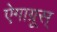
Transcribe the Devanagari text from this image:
ऐगाग्रूस्